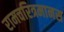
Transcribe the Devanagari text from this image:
रामचरित्रमानस